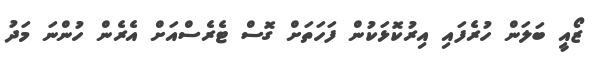
ޒޯއީ ބަލަން ހުރެފައި އިރުކޮޅަކުން ފަހަތަށް ގޮސް ޓެރެސްއަށް އެރެން ހުންނަ މަދު